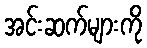
အင်းဆက်များကို